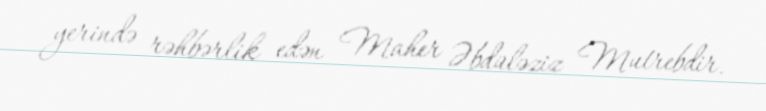
yerində rəhbərlik edən Maher Əbdüləziz Mutrebdir.